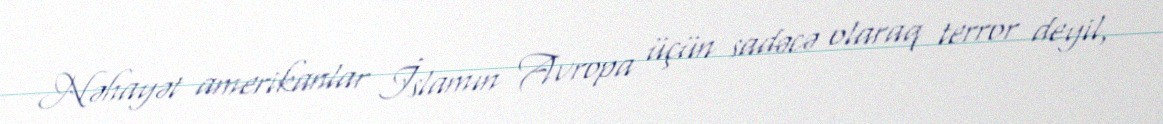
Nəhayət amerikanlar İslamın Avropa üçün sadəcə olaraq terror deyil,